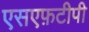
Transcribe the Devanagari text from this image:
एसएफ़टीपी